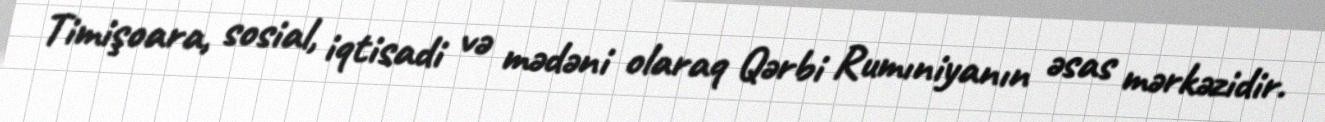
Timişoara, sosial, iqtisadi və mədəni olaraq Qərbi Rumıniyanın əsas mərkəzidir.